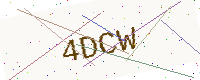
Text: 4DCW